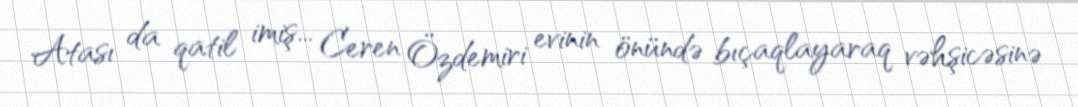
Atası da qatil imiş... Ceren Özdemiri evinin önündə bıçaqlayaraq vəhşicəsinə